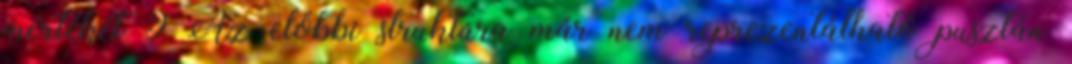
mértékét 9 Az előbbi struktúra már nem reprezentálható pusztán